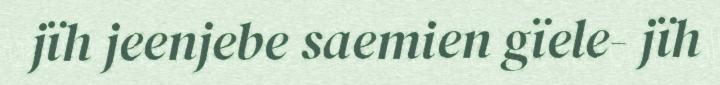
jïh jeenjebe saemien gïele- jïh